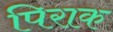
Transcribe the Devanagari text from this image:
पिराक